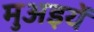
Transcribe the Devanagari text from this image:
मुअइयें